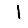
Digit: 1